Vaccination in Bombay 1924-1928 - 1924-1928
Year: 1924
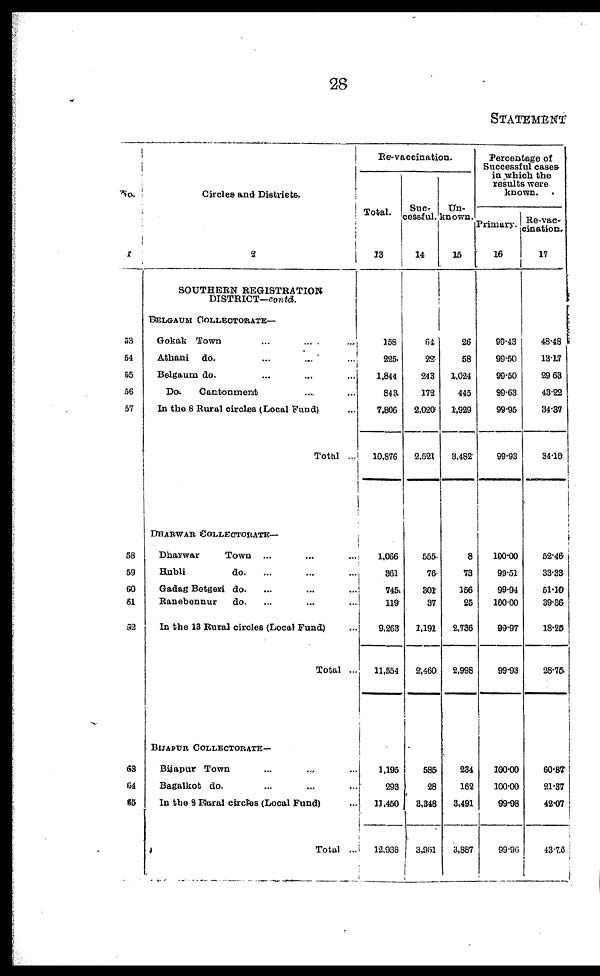
28
STATEMENT
No.
1
53
54
55
56
57
58
59
60
61
62
63
64
65
Circles and Districts.
2
SOUTHERN REGISTRATION
DISTRICT—contd.
BELGAUM COLLECTORATE—
Gokak Town ... ... ...
Athani do. ... ... ...
Belgaum do. ... ... ...
Do.
Cantonment ... ...
In the 8 Rural circles (Local Fund) ...
Total ...
DHARWAR COLLECTORATE—
Dharwar
Town ... ... ...
Hubli
do. ... ... ...
Gadag Betgeri do. ... ... ...
Ranebennur
do. ... ... ...
In the 13 Rural circles (Local Fund) ...
Total ...
BIJAPUR COLLECTORATE—
Bijapur Town ... ... ...
Bagalkot do. ... ... ...
In the 9 Rural circles (Local Fund) ...
Total ...
Re-vaccination.
Total.
13
158
225
1,844
843
7,806
10,876
1,066
361
745
119
9,263
11,554
1,195
293
11,450
12,938
Suc-
cessful.
14
64
22
243
172
2,020
2,521
555
76
301
37
1,191
2,460
585
28
3,348
3,961
Un-
known.
15
26
58
1,024
445
1,929
3,482
8
73
156
25
2,736
2,998
234
162
3,491
3,887
Percentage of
Successful cases
in which the
results were
known.
Primary.
16
99.43
99.50
99.50
99.63
99.95
99.93
100.00
99.51
99.94
100.00
99.97
99.93
100.00
100.00
99.98
99.96
Re-vac¬
cination.
17
48.48
13.17
29.63
43.22
34.37
34.10
52.46
33.33
51.10
39.36
18.25
28.75
60.87
21.37
42.07
43.76